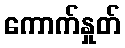
ကောက်နှုတ်